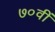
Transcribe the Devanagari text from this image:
७०वीं